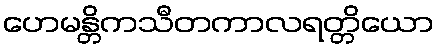
ဟေမန္တိကသီတကာလရတ္တိယော